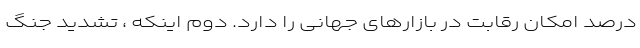
درصد امکان رقابت در بازارهای جهانی را دارد. دوم اینکه ، تشدید جنگ